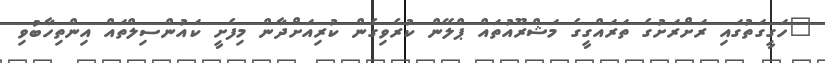
"ހަގީގަތުގައި ރަށްރަށުގެ ތަރައްގީގެ މަޝްރޫއުތައް ޕްލޭން ކުރެވިގެން ކުރިއަށްދާން މިފެށީ ކައުންސިލްތައް އިންތިހާބުވި